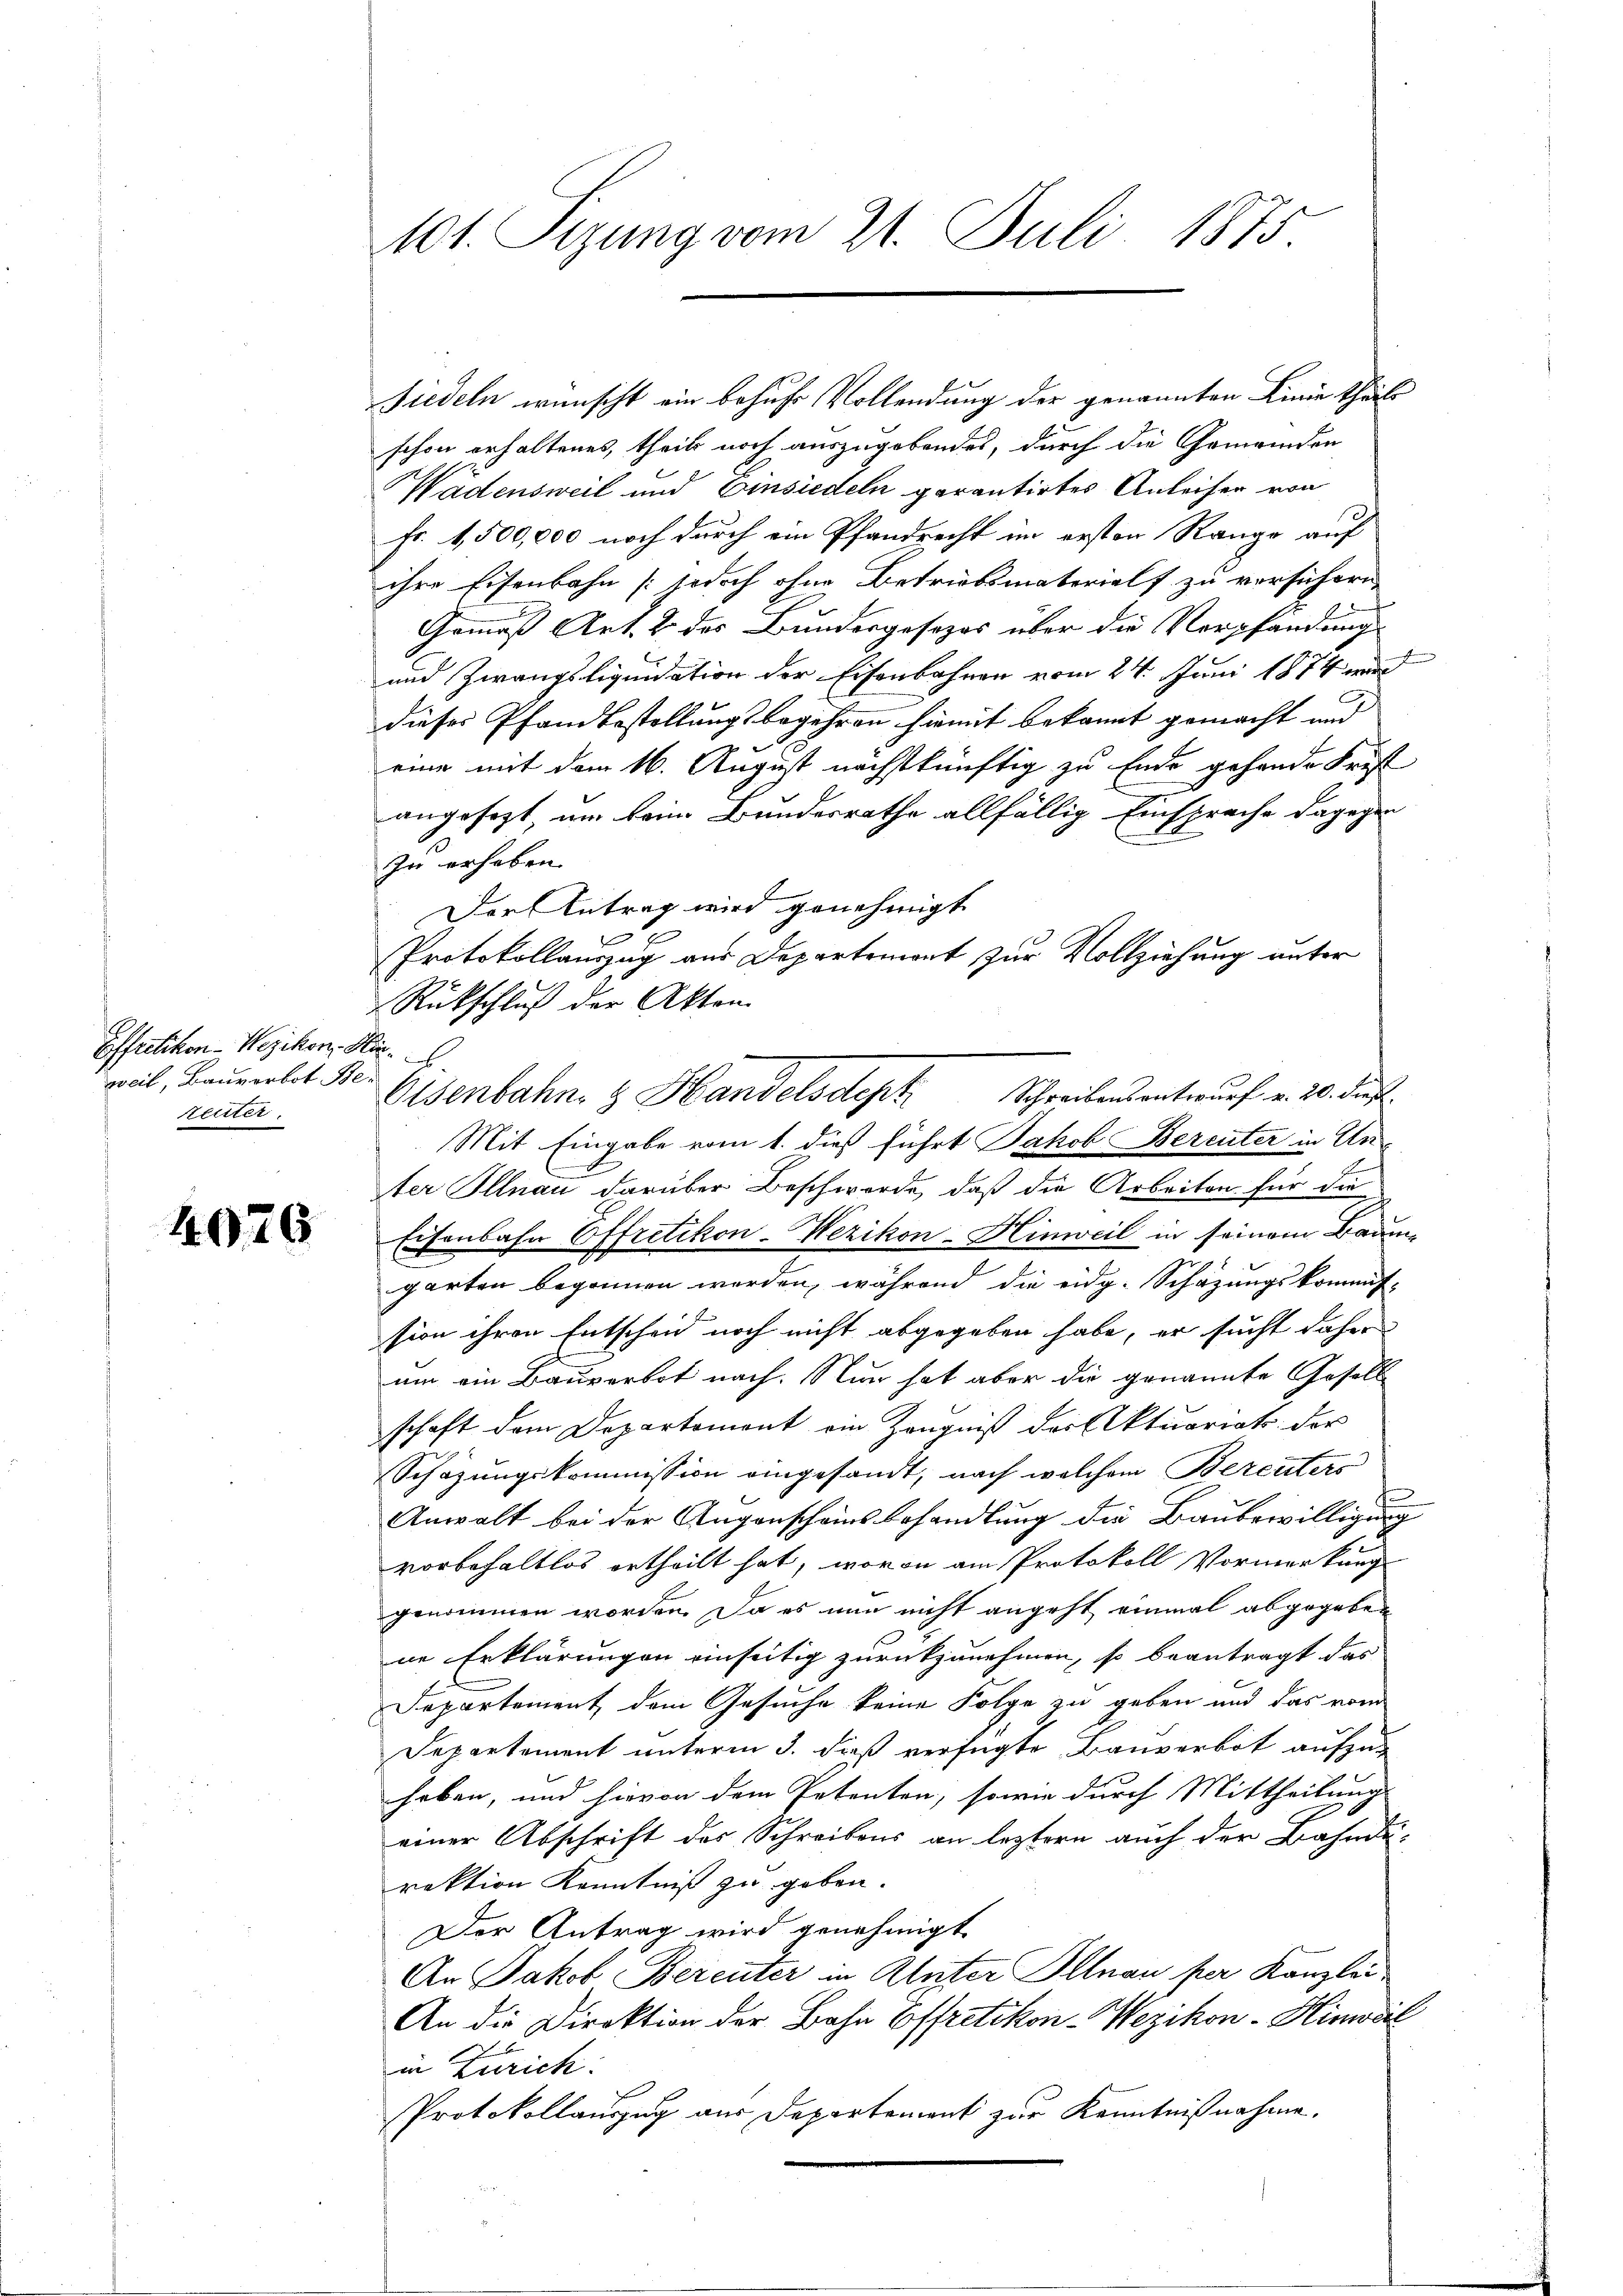
Effretikon - Wezikon, Mar.
weil, Bauverbot Betenter

4026

101. Sizung vom 21. Juli 1875

Fiedeln wünscht ein behufs Vollendung der genannten Linie Thäle
schon erhaltenes, theils noch auszugebendes, durch die Gemeinden
Wädensweil und Einsiedeln garantirtes Anleihen von
Fr. 1,500,000 noch durch ein Pfandrecht im ersten Range auf
ihre Eisenbahn (jedoch ohne Betriebsmateriels zu versichern,
f
Commiß Art. 2 des Bundesgesezes über die Verpfandung
und Zwangsliquidation der Eisenbahnen vom 24. Juni 1874 wird
dieses Pfandbestellungsbegehren hiemit bekannt gemacht und
eine mit dem 16. August nächstkünftig zu Ende gehende Frist
angesagt, um beim Bundesrathe allfällig Einsprache dagegen
zu erhaben.
Der Antrag wird genehmigt
Protokollauszug aus Departement zur Vollziehung unter
Rückschluß der Akten.
Mit Eingabe vom 1. dieß führt Jakob Berenter in Anter Illnau darüber Beschwerde, daß die Arbeiten für die
Eisenbahn Offretikon-Wezikon-Hinweil in seinem Baum-
garten begonnen werden, während die eidg. Schazungskommis-
sion ihren Entscheid noch nicht abgegeben habe, er sucht daher
um ein Bauverbot nach. Nun hat aber die genannte Gesell
schaft dem Departement ein Zeugniß der Aktuariat der
Schäzungskommission eingesandt, nach welchem Bereiters
t
Anwalt bei der Augenscheins behandlung die Baubewilligung
vorbehaltlos ertheilt hat, wovon am Protokoll Vormerkung
genommen worden. Da es nun nicht angeht einmal abgegeben
ne Erklärungen einseitig zurückzunehmen, so beantragt das
Departement dem Gesuche keine Folge zu geben und das vom
Departement unterm 3. dieß verfügte Bauverbot aufzuhaben, und hievon dem Petenten, sowie durch Mittheilung
einer Abschrift des Schreibens an leztern auch der Bahnleirektion Kenntniß zu geben.
Der Antrag wird genehmigt
An Jakob Bereuter in Unter Illnau per Kanzlei
An die Direktion der Bahn Effretikon-Wezikon-Hinwal
in Zürich:
Protokollauszug aus Departement zur Kenntnißnahme.

Eisenbahn & Handelsdept. Schreibensentwurf v. 20. ds.